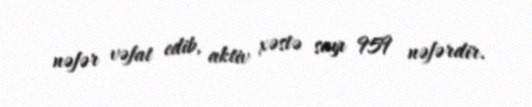
nəfər vəfat edib, aktiv xəstə sayı 959 nəfərdir.